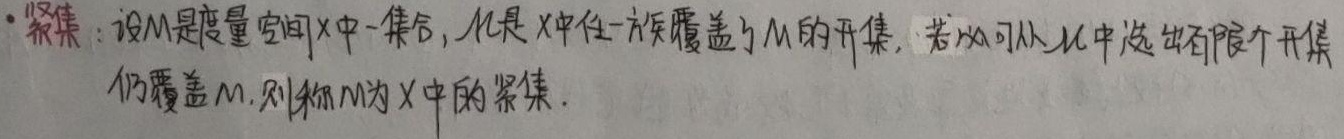
紧集：设\(M\)是度量空间\(X\)中一集合，\(\mathcal{U}\)是\(X\)中任一族覆盖了\(M\)的开集，若总可以从\(\mathcal{U}\)中选出有限个开集仍覆盖\(M\)，则称\(M\)为\(X\)中的紧集。